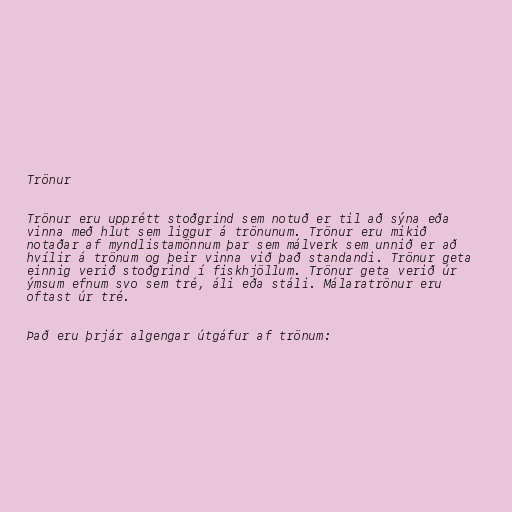
Trönur

Trönur eru upprétt stoðgrind sem notuð er til að sýna eða
vinna með hlut sem liggur á trönunum. Trönur eru mikið
notaðar af myndlistamönnum þar sem málverk sem unnið er að
hvílir á trönum og þeir vinna við það standandi. Trönur geta
einnig verið stoðgrind í fiskhjöllum. Trönur geta verið úr
ýmsum efnum svo sem tré, áli eða stáli. Málaratrönur eru
oftast úr tré.

Það eru þrjár algengar útgáfur af trönum: